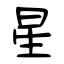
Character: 星